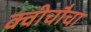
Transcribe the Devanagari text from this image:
क्वीचौचा